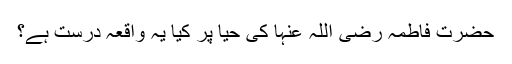
حضرت فاطمہ رضی اللہ عنہا کی حیا پر کیا یہ واقعہ درست ہے؟